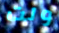
ولت